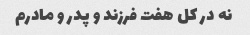
نه در کل هفت فرزند و پدر و مادرم